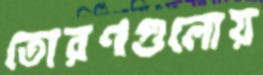
তোরণগুলোয়